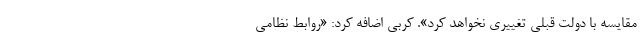
مقایسه با دولت قبلی تغییری نخواهد کرد». کربی اضافه کرد: «روابط نظامی